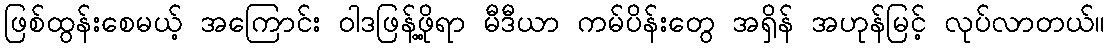
ဖြစ်ထွန်းစေမယ့် အကြောင်း ဝါဒဖြန့်ဖို့ရာ မီဒီယာ ကမ်ပိန်းတွေ အရှိန် အဟုန်မြင့် လုပ်လာတယ်။